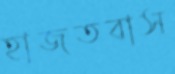
হাজতবাস